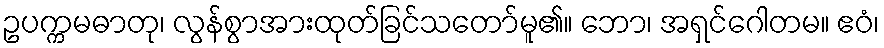
ဥပက္ကမဓာတု၊ လွန်စွာအားထုတ်ခြင်သတော်မူ၏။ ဘော၊ အရှင်ဂေါတမ။ ဧဝံ၊